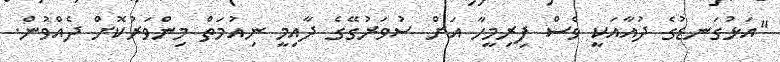
"އަޅުގަނޑުގެ ދުއާއަކީ ވެސް ފިރިމީހާ އަށް ސުވަރުގޭގެ ދާއިމީ ނިއުމަތް މިންވަރުކޮށް ދެއްވުން.